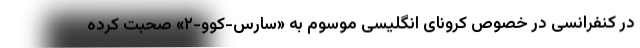
در کنفرانسی در خصوص کرونای انگلیسی موسوم به «سارس-کوو-۲» صحبت کرده